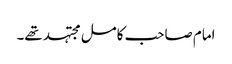
امام صاحب کامل مجتہد تھے۔